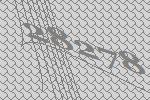
28278